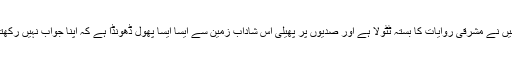
میں نے مشرقی روایات کا بستہ ٹٹولا ہے اور صدیوں پر پھیلی اس شاداب زمین سے ایسا ایسا پھول ڈھونڈا ہے کہ اپنا جواب نہیں رکھتا۔